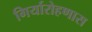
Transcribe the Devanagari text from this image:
गिर्यारोहणास